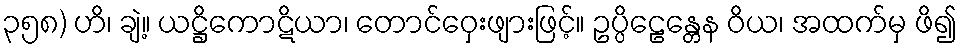
၃၅၈) ဟိ၊ ချဲ့။ ယဋ္ဌိကောဋိယာ၊ တောင်ဝှေးဖျားဖြင့်။ ဥပ္ပိဠေန္တေန ဝိယ၊ အထက်မှ ဖိ၍